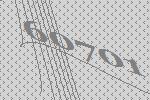
60701